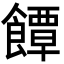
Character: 𮩐